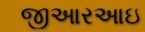
જીઆરઆઇ